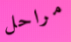
مراحل